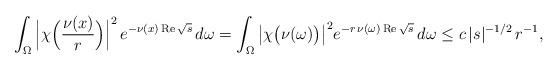
LaTeX: \begin{align*} \int_\Omega \Big| \chi\Big( \frac{\nu(x)}r \Big)\Big|^2 \, e^{-\nu(x)\, \mbox{\scriptsize Re}\, \sqrt{s}}\, d\omega = \int_\Omega \big| \chi\big( \nu(\omega) \big)\big|^2 e^{-r\, \nu(\omega)\, \mbox{\scriptsize Re}\, \sqrt{s}}\, d\omega \le c\, |s|^{-1/2}\, r^{-1},\end{align*}